65_HS1-834228961_62-HQ-83894_Serial_164
Agency: FBI
Page 108
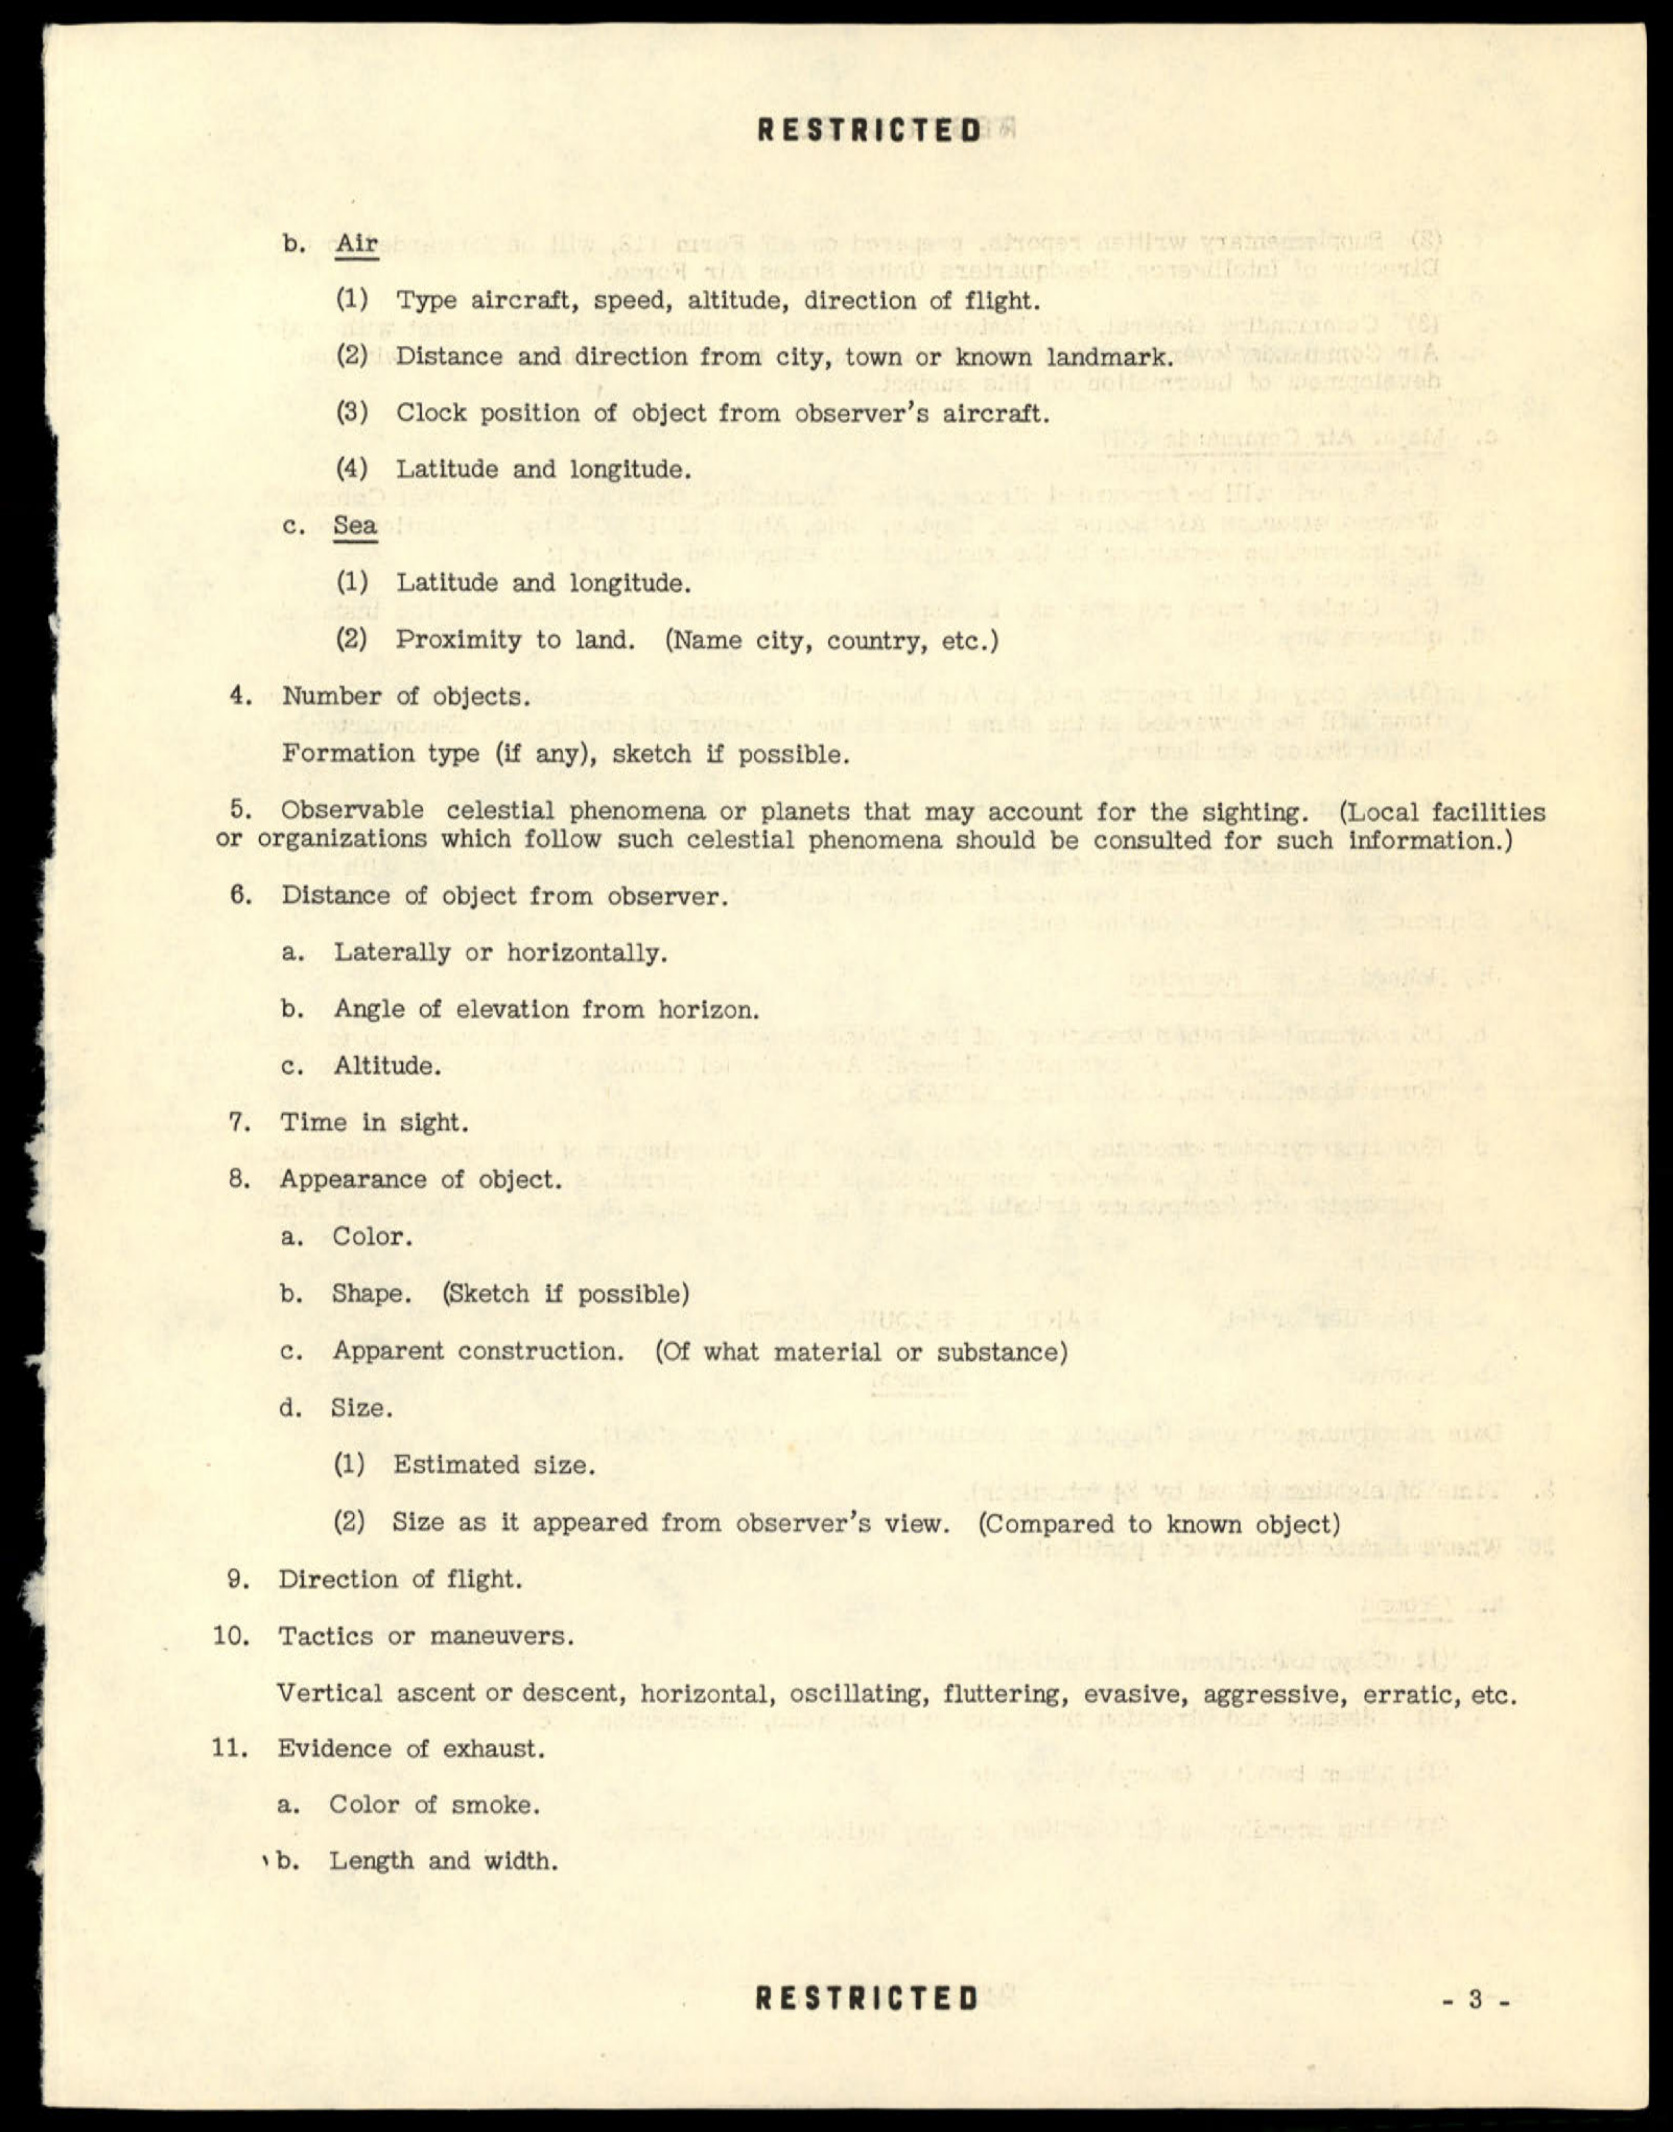